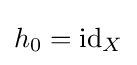
h_{0}=\operatorname {id} _{X}